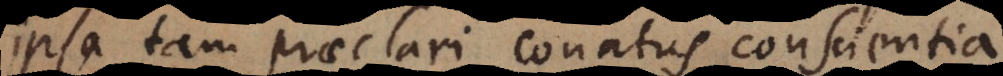
ipsa tam praeclari conatus conscientia